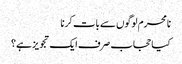
نامحرم لوگوں سے بات کرنا
کیا حجاب صرف ایک تجویز ہے؟